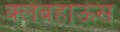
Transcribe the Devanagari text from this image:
क्लबहाऊस